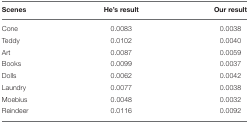
<table><thead><tr><td><b>Scenes</b></td><td><b>He&#x27;s result</b></td><td><b>Our result</b></td></tr></thead><tbody><tr><td>Cone</td><td>0.0083</td><td>0.0038</td></tr><tr><td>Teddy</td><td>0.0102</td><td>0.0040</td></tr><tr><td>Art</td><td>0.0087</td><td>0.0059</td></tr><tr><td>Books</td><td>0.0099</td><td>0.0037</td></tr><tr><td>Dolls</td><td>0.0062</td><td>0.0042</td></tr><tr><td>Laundry</td><td>0.0077</td><td>0.0038</td></tr><tr><td>Moebius</td><td>0.0048</td><td>0.0032</td></tr><tr><td>Reindeer</td><td>0.0116</td><td>0.0092</td></tr></tbody></table>